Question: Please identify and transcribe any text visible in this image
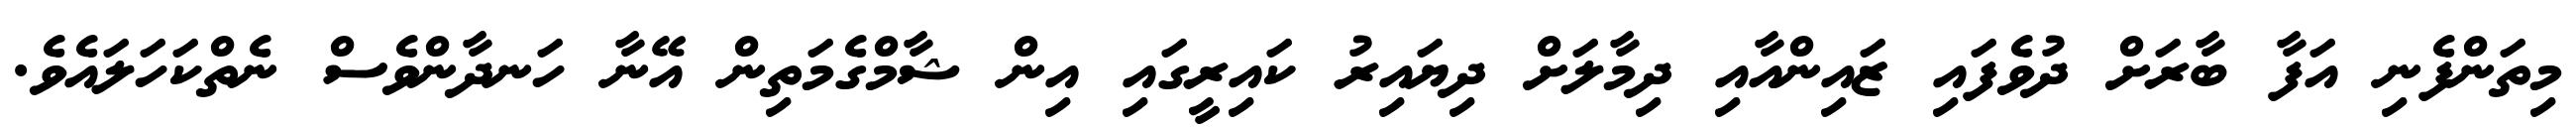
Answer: މިތަންފެނި އަފާ ބާރަށް ދުވެފައި ޒައިންއާއި ދިމާލަށް ދިޔައިރު ކައިރީގައި އިން ޝާމްގެމަތިން އޭނާ ހަނދާންވެސް ނެތްކަހަލައެވެ.